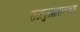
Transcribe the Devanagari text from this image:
राजपुतशासनाच्या